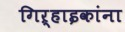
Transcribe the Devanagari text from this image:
गिऱ्हाइकांना